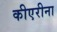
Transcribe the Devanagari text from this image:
कीएरीना